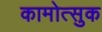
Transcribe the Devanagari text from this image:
कामोत्सुक